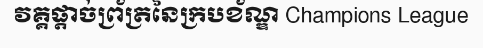
វគ្គផ្តាច់ព្រ័ត្រនៃក្របខ័ណ្ឌ Champions League